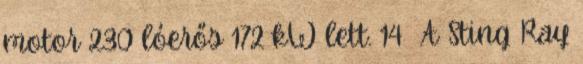
motor 230 lóerős 172 kW lett. 14 A Sting Ray